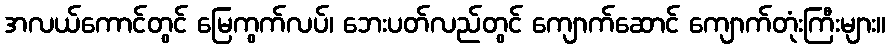
အလယ်ကောင်တွင် မြေကွက်လပ်၊ ဘေးပတ်လည်တွင် ကျောက်ဆောင် ကျောက်တုံးကြီးများ။